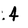
Character: 4